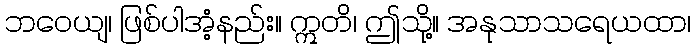
ဘဝေယျ၊ ဖြစ်ပါအံ့နည်း။ ဣတိ၊ ဤသို့။ အနုသာသရေယထာ၊